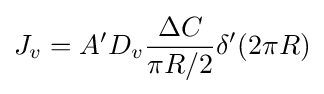
J_{v}=A'D_{v}{\frac {\Delta C}{\pi R/2}}\delta '(2\pi R)